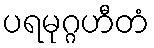
ပရမုဂ္ဂဟီတံ